Indian journal of veterinary science and animal husbandry - Volume 8,
Year: 1938
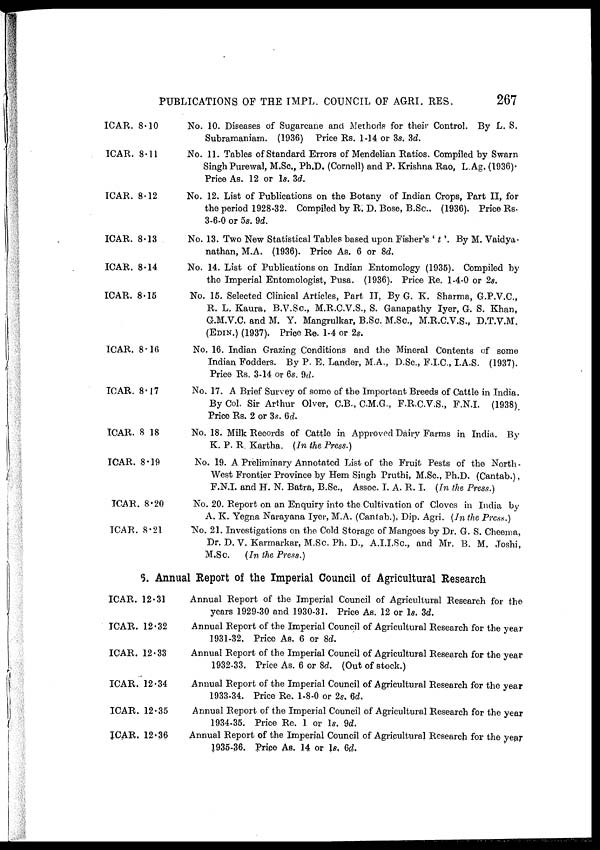
PUBLICATIONS OF THE IMPL. COUNCIL OF AGRI. RES.
267
ICAR. 8.10
ICAR. 8.11
ICAR. 8.12
ICAR. 8.13
ICAR. 8.14
ICAR. 8.15
ICAR. 8.16
ICAR. 8.17
ICAR. 8 18
ICAR. 8.19
ICAR. 8.20
ICAR. 8.21
No. 10. Diseases of Sugarcane and Methods for their Control. By L. S.
Subramaniam. (1936) Price Rs. 1-14 or 3s. 3d.
No. 11. Tables of Standard Errors of Mendelian Ratios. Compiled by Swarn
Singh Purewal, M.Sc, Ph.D. (Cornell) and P. Krishna Rao, L.Ag. (1936).
Price As. 12 or 1s. 3d.
No. 12. List of Publications on the Botany of Indian Crops, Part II, for
the period 1928-32. Compiled by R. D. Bose, B.Sc., (1936). Price Rs.
3-6-0 or 5s. 9d.
No. 13. Two New Statistical Tables based upon Fisher's ' t '. By M. Vaidya-
nathan, M.A. (1936). Price As. 6 or 8d.
No. 14. List of Publications on Indian Entomology (1935). Compiled by
the Imperial Entomologist, Pusa. (1936). Price Re. 1-4-0 or 2s.
No. 15. Selected Clinical Articles, Part II, By G. K. Sharma, G.P.V.C.,
R. L. Kaura, B.V.Sc., M.R.C.V.S., S. Ganapathy Iyer, G. S. Khan,
G.M.V.C. and M. Y. Mangrulkar, B.Sc. M.Sc., M.R.C.V.S., D.T.V.M.
(EDIN.) (1937). Price Re. 1-4 or 2s.
No. 16. Indian Grazing Conditions and the Mineral Contents of some
Indian Fodders. By P. E. Lander, M.A., D.Sc, F.I.C., I.A.S. (1937).
Price Rs. 3-14 or 6s. 9d.
No. 17. A Brief Survey of some of the Important Breeds of Cattle in India.
By Col. Sir Arthur Olver, C.B., C.M.G., F.R.C.V.S., F.N.I. (1938).
Price Rs. 2 or 3s. 6d.
No. 18. Milk Records of Cattle in Approved Dairy Farms in India. By
K. P. R. Kartha. (In the Press.)
No. 19. A Preliminary Annotated List of the Fruit Pests of the North-
West Frontier Province by Hem Singh Pruthi, M.Sc., Ph.D. (Cantab.),
F.N.I. and H. N. Batra, B.Sc, Assoc. I. A. R. I. (In the Press.)
No. 20. Report on an Enquiry into the Cultivation of Cloves in India by
A. K. Yegna Narayana Iyer, M.A. (Cantab.), Dip. Agri. (In the Press.)
No. 21. Investigations on the Cold Storage of Mangoes by Dr. G. S. Cheema,
Dr. D. V. Karmarkar, M.Sc. Ph. D., A.I.I.Sc., and Mr. B. M. Joshi,
M.Sc
(In the Press.)
6. Annual Report of the Imperial Council of Agricultural Research
ICAR. 12.31
ICAR. 12.32
ICAR. 12.33
ICAR. 12.34
ICAR. 12.35
ICAR. 12.36
Annual Report of the Imperial Council of Agricultural Research for the
years 1929-30 and 1930-31. Price As. 12 or 1s. 3d.
Annual Report of the Imperial Council of Agricultural Research for the year
1931-32. Price As. 6 or 8d.
Annual Report of the Imperial Council of Agricultural Research for the year
1932-33. Price As. 6 or 8d. (Out of stock.)
Annual Report of the Imperial Council of Agricultural Research for the year
1933-34. Price Re. 1-8-0 or 2s. 6d.
Annual Report of the Imperial Council of Agricultural Research for the year
1934-35. Price Re. 1 or 1s. 9d.
Annual Report of the Imperial Council of Agricultural Research for the year
1935-36. Price As. 14 or 1s. 6d.